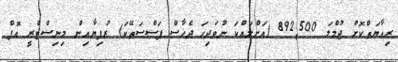
ރިޢާޔަތްކޮށް ޖުމްލަ 892